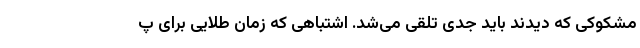
مشکوکی که دیدند باید جدی تلقی می‌شد. اشتباهی که زمان طلایی برای پ